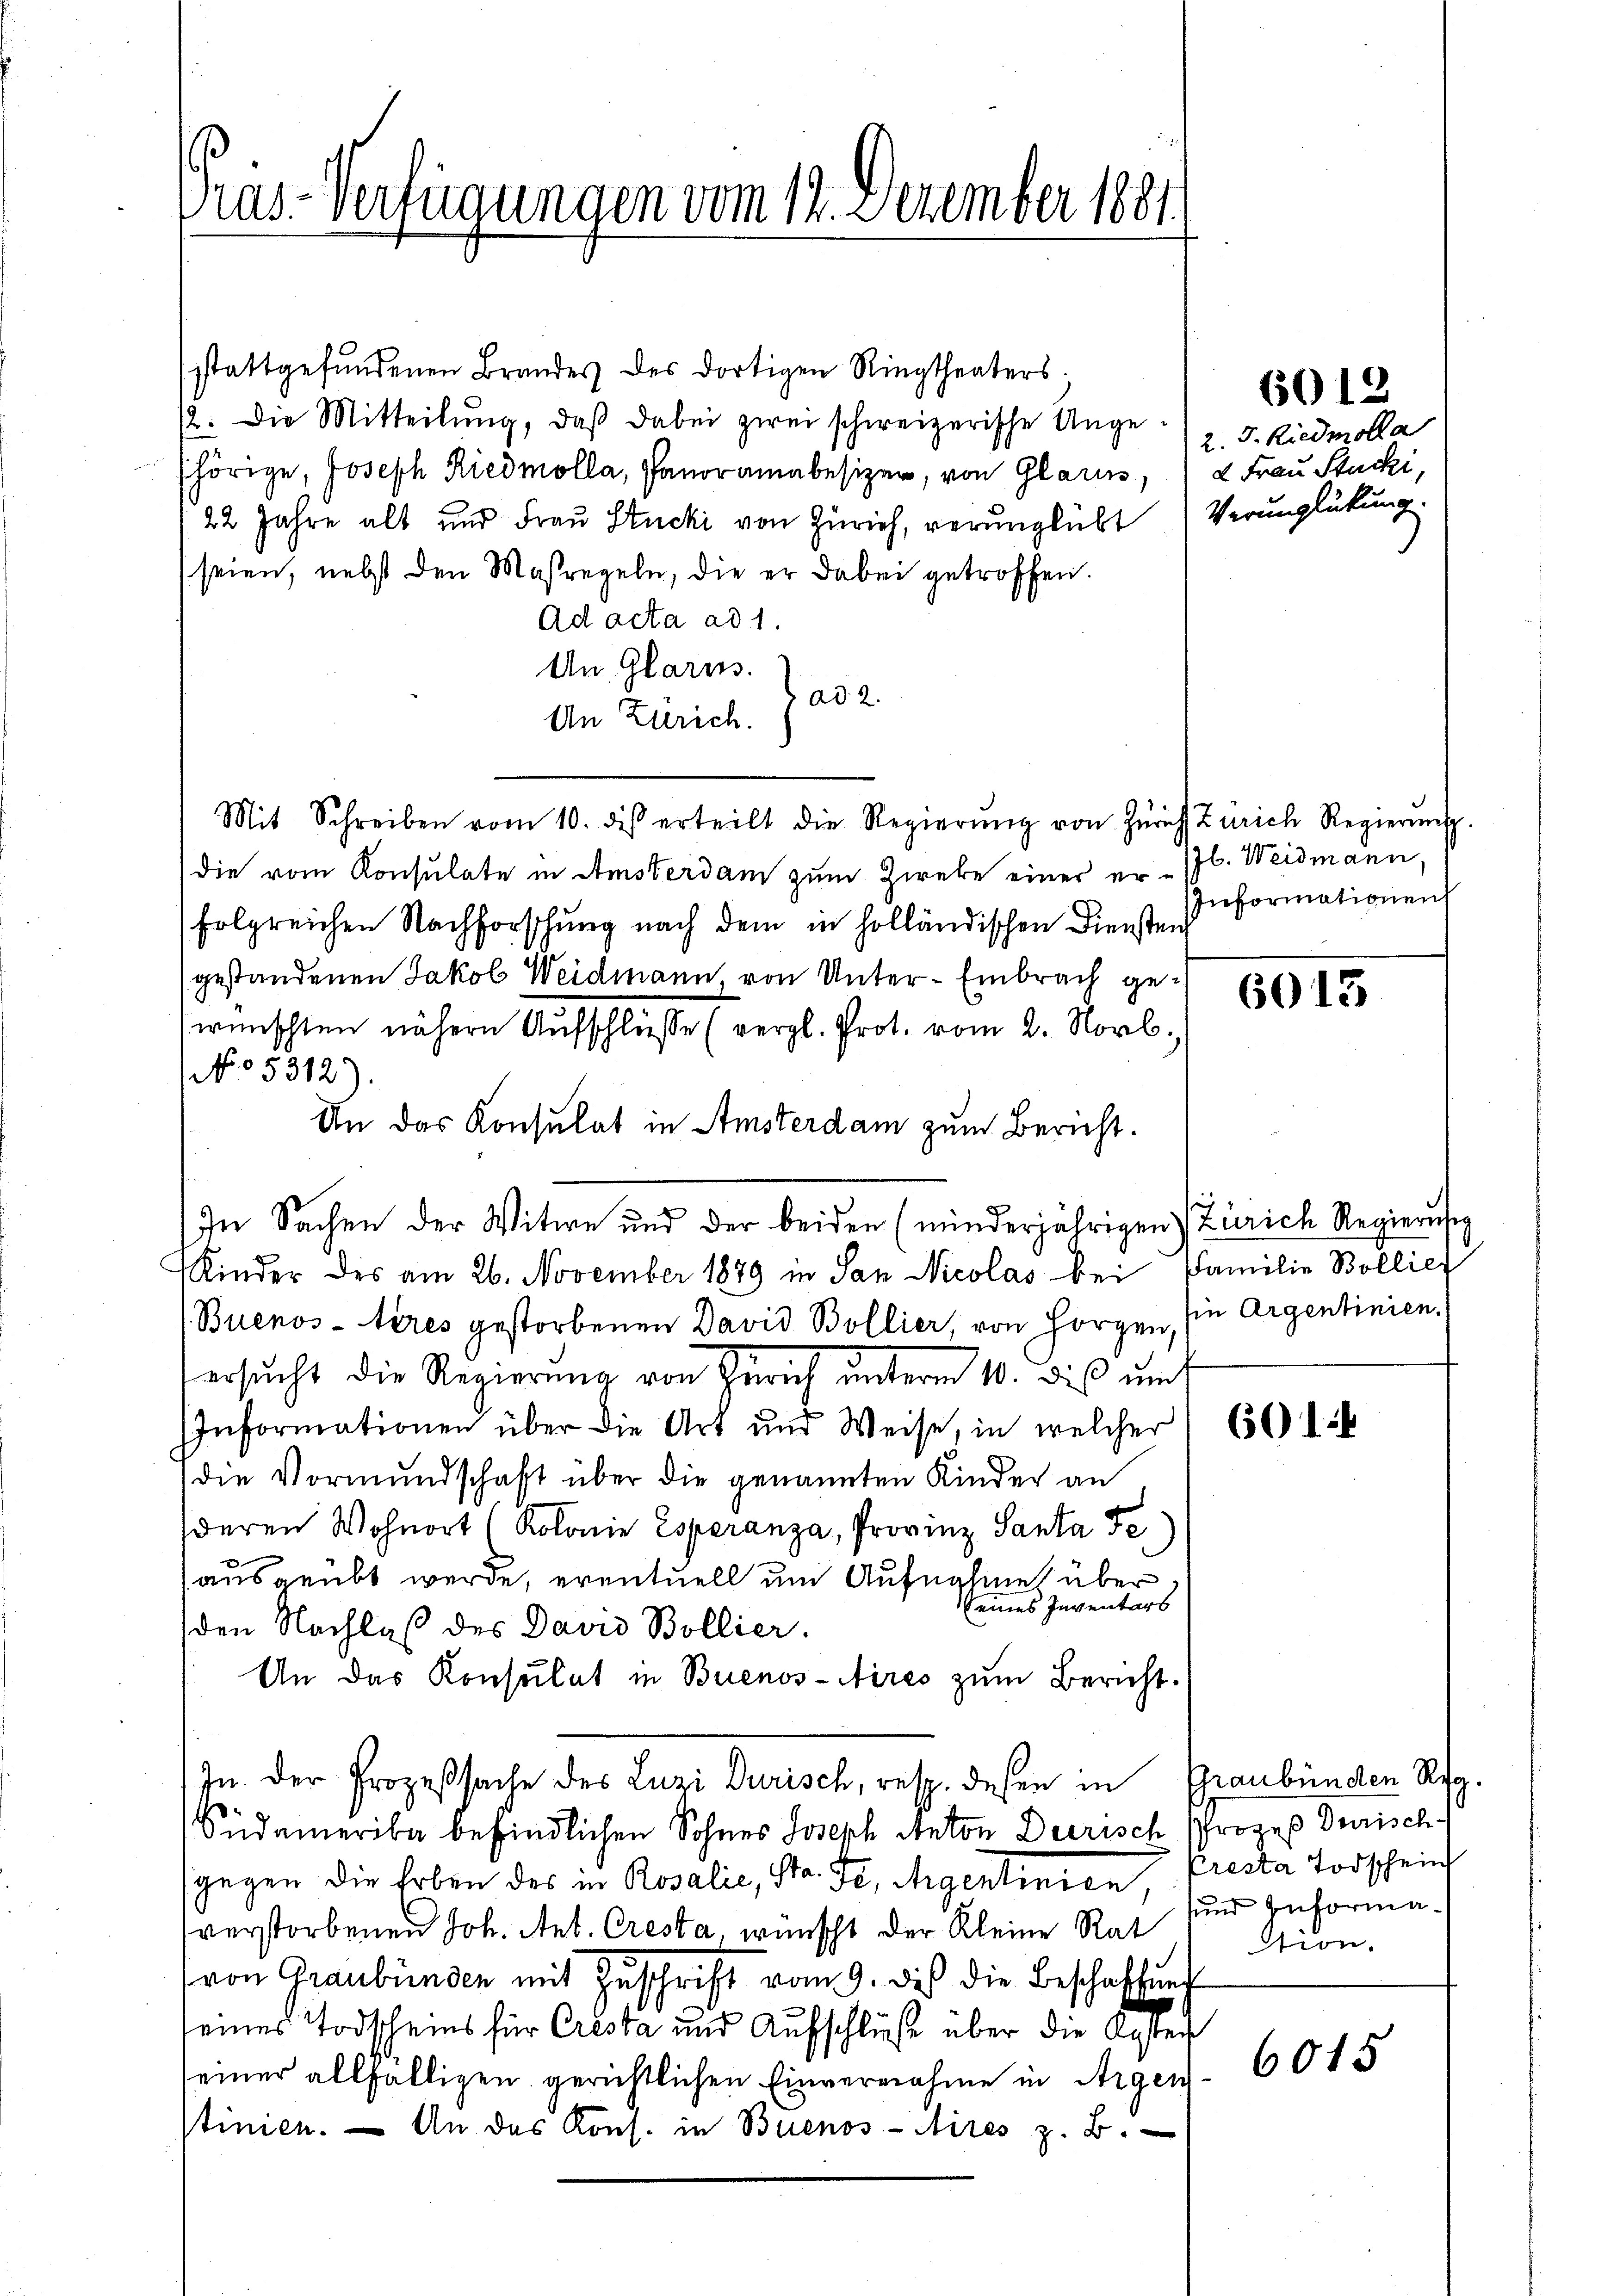
Pras-Verfügungen vom 14. Dezember 1881

stattgefŭndenen Brandes des dortigen Ringtheaters.
2: Die Mitteilŭng, daß dabei zwei schweizerische Angehörige, Joseph Riedmolla, Panorama besizen, von Glarus, 2 Frau Stucki,
22 Jahre alt und Frau Stucki von Zürich, verunglükt) Verunglükung
(seien, nebst den Maßregeln, die er dabei getroffen.
Ad acta ad 1.
An Glarus.
ad 2.
An Zürich.
Mit Schreiben vom 10. des erteilt die Regierŭng von Züricht Zürich Regierung.
die vom Konsulate in Amsterdam zum Zweke einer er „Jb. Weidmann.
folgreichen Nachforschung nach dem in holländischen Diensten
gestandenen Jakob Weidmann von Unter-Embrach gewünschten nähern Aufschlüsse (vergl. Prot. vom 2. Novb.
No 5312
An das Konsulat in Amsterdam zum Bericht.
In Sachen der Witwe und der beiden (minderjährigen Zürich Regierung
Kinder des am 26. November 1879 in San Nicolas bei Familie Bollier
Buenos-Ayres gestorbenen David Bollier, von Horgen, sie Argentinien.
ersucht die Regierung von Zürich unterm 10. dies um
Informationen über die Art und Weise, in welcher 60 b
die Vormundschaft über die genannten Kinder an
deren Wohnort (Kolonie Esperanza, Provinz Santa Fe.)
ausgeübt werde, eventuell um Aufnahme übereines Inventars
den Nachlaß des David Bollier.
An das Konsulat in Buenos-Aires zŭm Bericht.
In. Der Prozeßsache des Luzi Durisch, resp. dessen in Graubünden Reg.
Südamerika befindlichen Sohnes Joseph Anton Deirisch Prozeß Durisch-
sgegen die Erben des in Rosalie, Str. Fr, Agentinien Preste Todscheinf
verstorbenen Joh. Ant. Cresta, wünscht der Kleine Rat
von Graubünden mit Zuschrift vom 9. des die Beschaffung
seines Todscheins für Cresta und Aufschlüße über die Ansten
seiner allfälligen gerichtlichen Einvernahme in Argen
stinien. An das Kons. in Buenos-Aires z. B.

6012
2. 5. Riedmolla

Informationen

6013

sund Informa.
stion.

6015